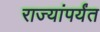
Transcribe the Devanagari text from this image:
राज्यांपर्यंत